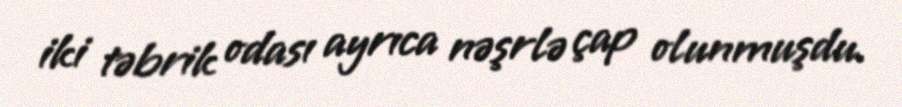
iki təbrik odası ayrıca nəşrlə çap olunmuşdu.